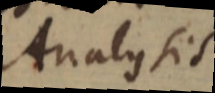
Analysis